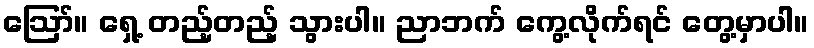
ဪ။ ရှေ့ တည့်တည့် သွားပါ။ ညာဘက် ကွေ့လိုက်ရင် တွေ့မှာပါ။